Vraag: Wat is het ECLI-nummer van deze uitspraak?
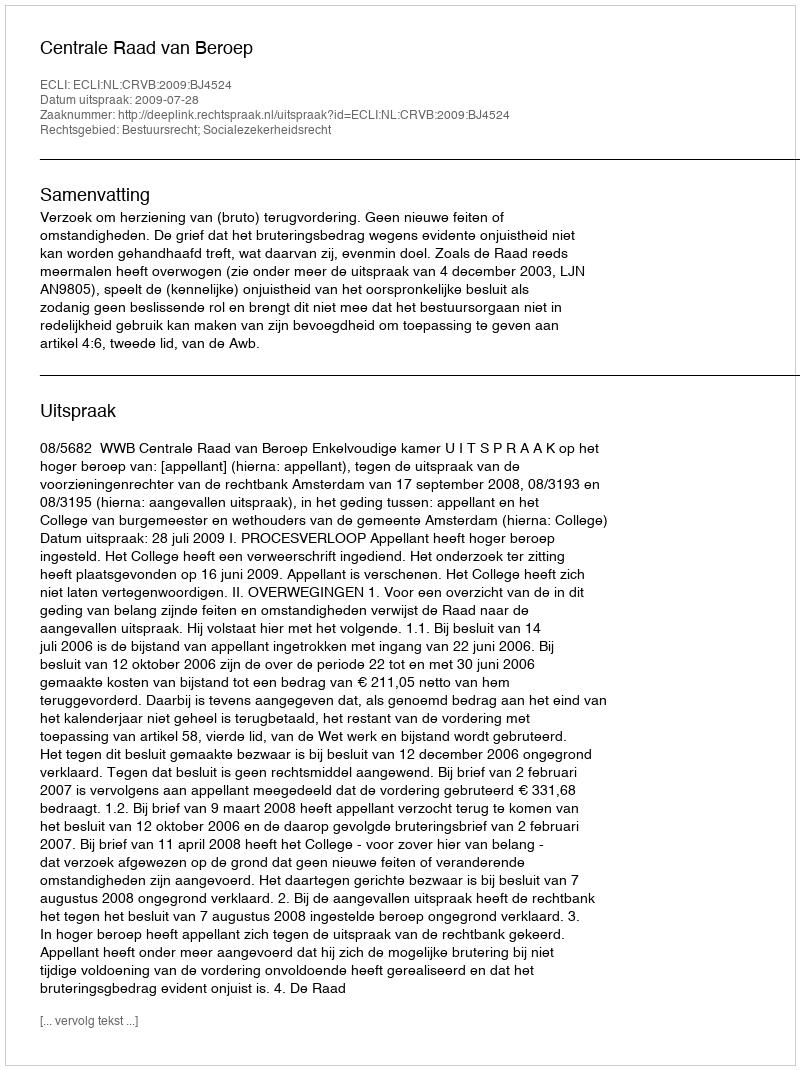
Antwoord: ECLI:NL:CRVB:2009:BJ4524